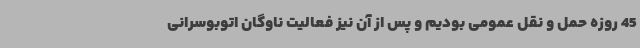
45 روزه حمل و نقل عمومی بودیم و پس از آن نیز فعالیت ناوگان اتوبوسرانی